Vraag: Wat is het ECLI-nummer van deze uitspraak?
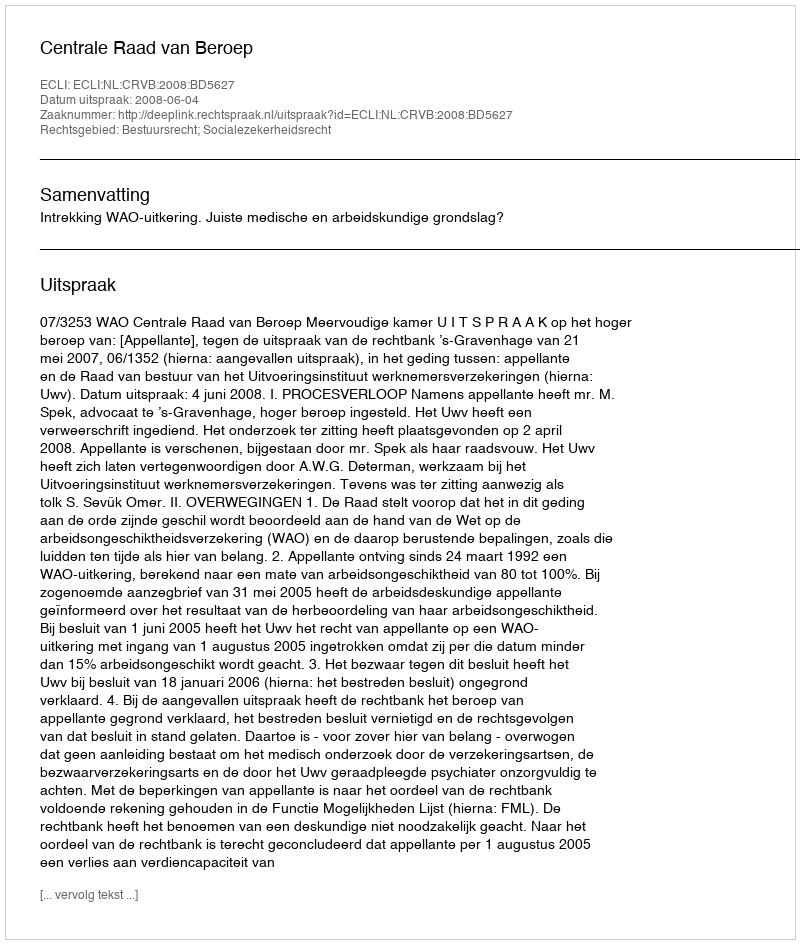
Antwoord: ECLI:NL:CRVB:2008:BD5627